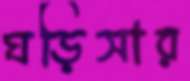
ঘড়িসার